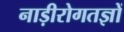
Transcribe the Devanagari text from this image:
नाड़ीरोगतज्ञों